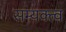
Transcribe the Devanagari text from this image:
सम्यक्त्व